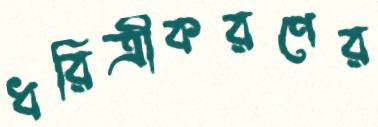
ধরিত্রীকরণের